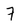
Character: 7